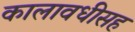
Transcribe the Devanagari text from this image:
कालावधीसह